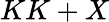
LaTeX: KK+X